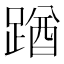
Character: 䠓